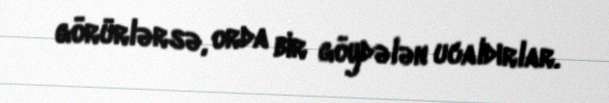
görürlərsə, orda bir göydələn ucaldırlar.